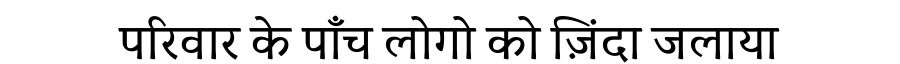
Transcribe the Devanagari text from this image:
परिवार के पाँच लोगो को ज़िंदा जलाया